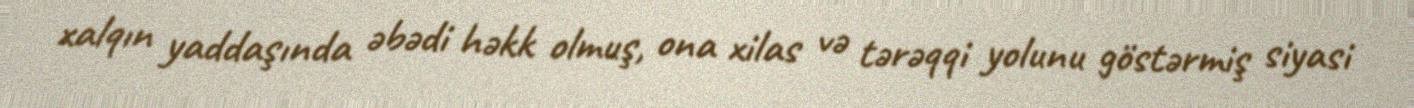
xalqın yaddaşında əbədi həkk olmuş, ona xilas və tərəqqi yolunu göstərmiş siyasi